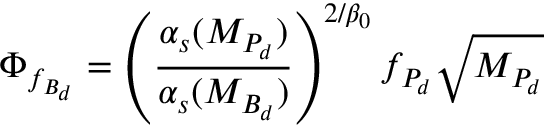
\Phi _ { f _ { B _ { d } } } = \left( \frac { \alpha _ { s } ( M _ { P _ { d } } ) } { \alpha _ { s } ( M _ { B _ { d } } ) } \right) ^ { 2 / \beta _ { 0 } } f _ { P _ { d } } \sqrt { M _ { P _ { d } } }